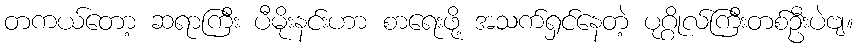
တကယ်တော့ ဆရာကြီး ပီမိုးနင်းဟာ စာရေးဖို့ အသက်ရှင်နေတဲ့ ပုဂ္ဂိုလ်ကြီးတစ်ဦးပဲဗျ။